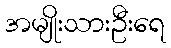
အမျိုးသားဦးရေ